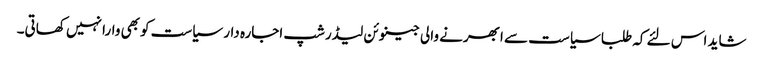
شاید اس لئے کہ طلبا سیاست سے ابھرنے والی جینوئن لیڈرشپ اجارہ دار سیاست کوبھی وارا نہیں کھاتی۔